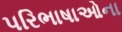
પરિભાષાઓના